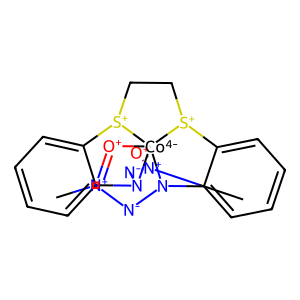
SMILES: C[N+]1=[O+][Co-4]2345[O+]=[N+](C)[N-]N2c2ccccc2[S+]3CC[S+]4c2ccccc2N5[N-]1
Inhibits HIV replication: No